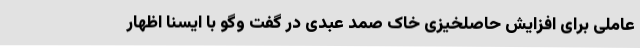
عاملی برای افزایش حاصلخیزی خاک صمد عبدی در گفت وگو با ایسنا اظهار